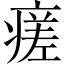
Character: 瘥